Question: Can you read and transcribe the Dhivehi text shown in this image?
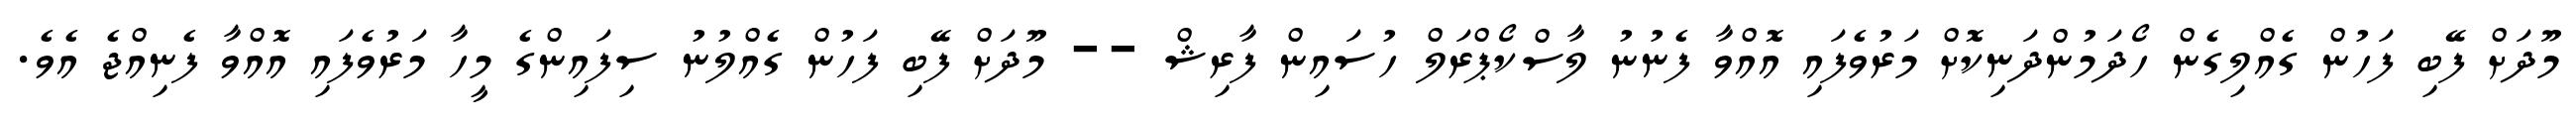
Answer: މޫދަށް ފޭބި ފަހުން ގެއްލިގެން ހޯދަމުންދަނިކޮށް މަރުވެފައި އޮއްވާ ފެނުނު ލާސްކޯޕްރަލް ހުސައިން ފާރިޝް -- މޫދަށް ފޭބި ފަހުން ގެއްލުނު ސިފައިންގެ މީހާ މަރުވެފައި އޮއްވާ ފެނިއްޖެ އެވެ.